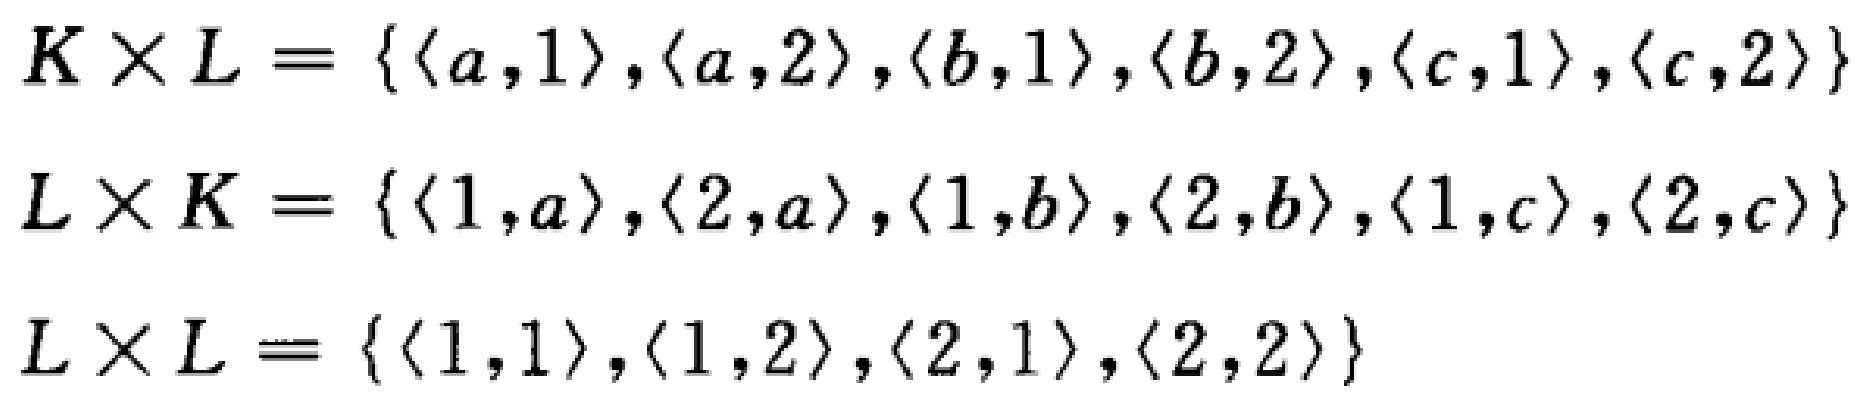
\[
\begin{align*}
K\times L&=\{\langle a,1\rangle,\langle a,2\rangle,\langle b,1\rangle,\langle b,2\rangle,\langle c,1\rangle,\langle c,2\rangle\}\\
L\times K&=\{\langle 1,a\rangle,\langle 2,a\rangle,\langle 1,b\rangle,\langle 2,b\rangle,\langle 1,c\rangle,\langle 2,c\rangle\}\\
L\times L&=\{\langle 1,1\rangle,\langle 1,2\rangle,\langle 2,1\rangle,\langle 2,2\rangle\}
\end{align*}
\]